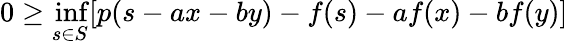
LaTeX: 0\geq\operatorname*{inf}_{s\in S}[p(s-ax-by)-f(s)-af(x)-bf(y)]